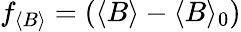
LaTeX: f_{\langle B\rangle}=(\langle B\rangle-\langle B\rangle_{0})